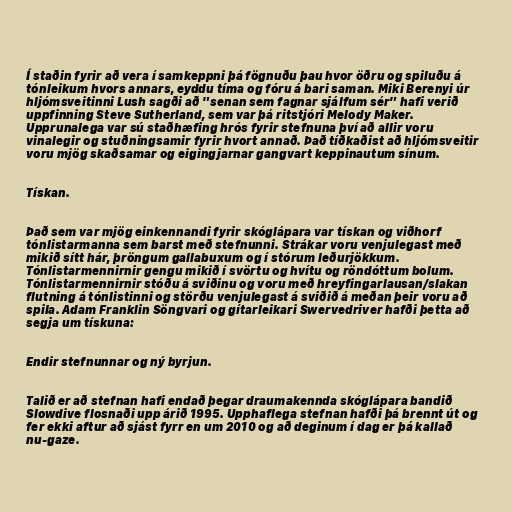
Í staðin fyrir að vera í samkeppni þá fögnuðu þau hvor öðru og spiluðu á
tónleikum hvors annars, eyddu tíma og fóru á bari saman. Miki Berenyi úr
hljómsveitinni Lush sagði að "senan sem fagnar sjálfum sér" hafi verið
uppfinning Steve Sutherland, sem var þá ritstjóri Melody Maker.
Upprunalega var sú staðhæfing hrós fyrir stefnuna því að allir voru
vinalegir og stuðningsamir fyrir hvort annað. Það tíðkaðist að hljómsveitir
voru mjög skaðsamar og eigingjarnar gangvart keppinautum sínum.

Tískan.

Það sem var mjög einkennandi fyrir skóglápara var tískan og viðhorf
tónlistarmanna sem barst með stefnunni. Strákar voru venjulegast með
mikið sítt hár, þröngum gallabuxum og í stórum leðurjökkum.
Tónlistarmennirnir gengu mikið í svörtu og hvítu og röndóttum bolum.
Tónlistarmennirnir stóðu á sviðinu og voru með hreyfingarlausan/slakan
flutning á tónlistinni og störðu venjulegast á sviðið á meðan þeir voru að
spila. Adam Franklin Söngvari og gítarleikari Swervedriver hafði þetta að
segja um tískuna:

Endir stefnunnar og ný byrjun.

Talið er að stefnan hafi endað þegar draumakennda skóglápara bandið
Slowdive flosnaði upp árið 1995. Upphaflega stefnan hafði þá brennt út og
fer ekki aftur að sjást fyrr en um 2010 og að deginum í dag er þá kallað
nu-gaze.